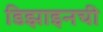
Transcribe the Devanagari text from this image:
डिझाइनची